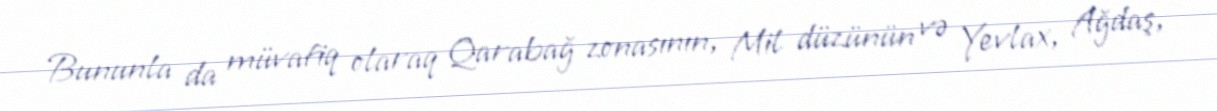
Bununla da müvafiq olaraq Qarabağ zonasının, Mil düzünün və Yevlax, Ağdaş,